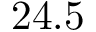
2 4 . 5